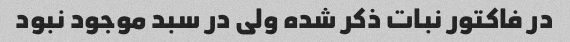
در فاکتور نبات ذکر شده ولی در سبد موجود نبود